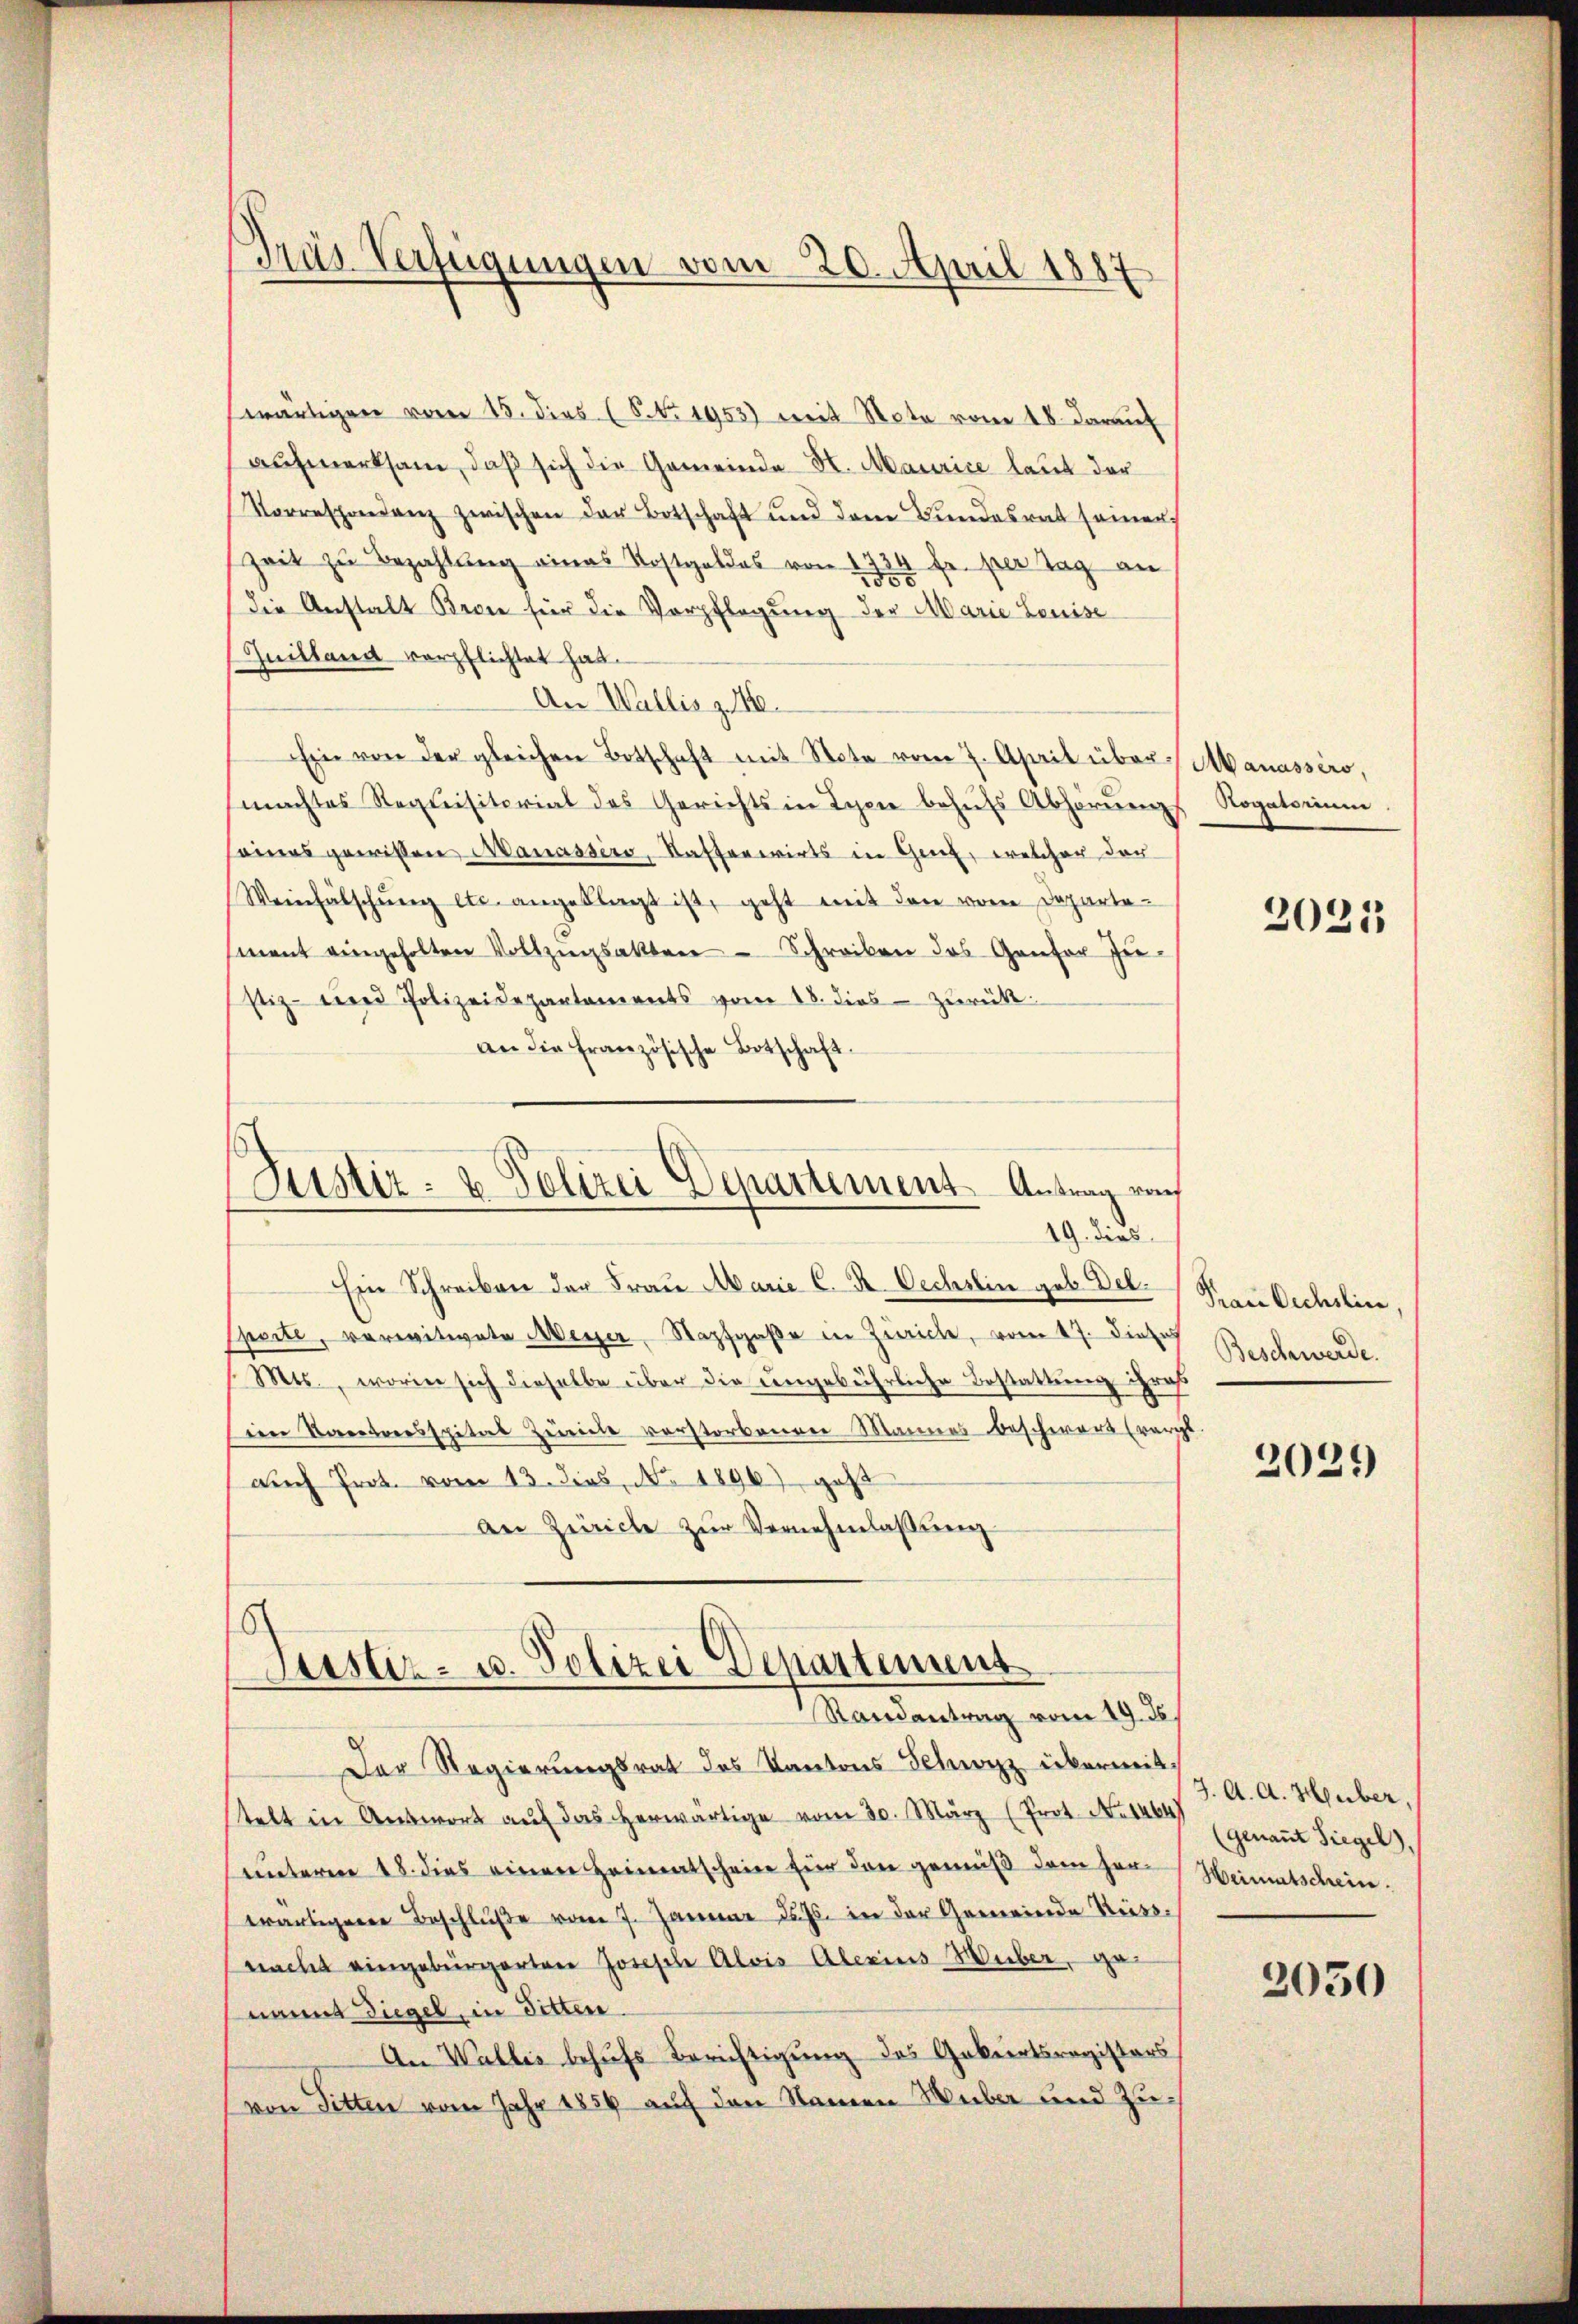
Tras Verfügungen vom 20. April 1887

wärtigen vom 15. dies (NNo. 1953) mit Note vom 18. darauf
aufmerksam, daß sich die Gemeinde H. Maurice laut der
Vorrespondenz zwischen der Botschaft und dem Bundesrat seiner
Zeit zu Bezahlung eines Kostgeldes von 1734 fr. per Tag an
die Anstalt Bern für die Verpflegung der Marie Louise
Guilland verpflichtet hat.
An Wallis z. 160.
Ein von der gleichen Botschaft mit Note vom 7. April über Manassero,
machtes Requisitorial des Gerichts in Lyon behŭfs Abhörŭng Rogatorium
seines gewissen Manassero, Kassenwirts in Genf, welcher der
Weinfälschŭng etc. angeklagt ist, geht mit den vom Departement eingeholten Vollzŭgsakten Schreiben das Genfer Zu-
stiz- und Polizeidepartaments vom 18. dies - zurück
an die Französische Botschaft.

Justiz- & Polizei Departement Antrag von
19. dies

Saister- u. Polizei Departement
Randantrag vom 19. Je

Der Regierungsrat des Kantons Schwyz übermitstelt in Antwort aŭf das herwärtige vom 30. März (Prot. No 1464
unteren 18. dies einen Heimatscheine für den gemäß dem Herwärtiger Beschlüβe vom 7. Januar d. Js. in der Gemeinde Riesnacht eingebürgerten Josische Alois Alerins Weber, genannt diegel, in Bitten.
An Wallis behufs Berichtigung des Geburtsregisters
von Titten vom Jahr 1856 auf den Namen Weber und Zu¬

Ein Schreiben der Frau Marie C. K. Oechslin geb. Del.
Sporte, verwitwete Meyer, Sapfgaße in Zürich, vom 17. Dieses
Mts., worin sich dieselbe über die ungebührliche Bestattŭng ihr
ien Kantonsspital Zürich verstorbenen Mannes beschwert (vergl.
auch Prot. vom 13. dies, No. 1896) geht
An Zürich zur Vernehmlassung
6

2021

Frau Oechslin,
Beschwerde.
raf.

2024)

J. A. A. Huber,
(genant Siegel,
Heimatschein.
2030